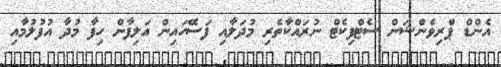
އެންޑް ޕްރިވެންޝަން ސެޓްފިކެޓް ނުރައްކާތެރި މުދަލާއި ފަސޭހައިން އަލިފާން ހިފާ މުދާ އުފުލުމާއި